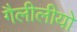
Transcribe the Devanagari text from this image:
गैलीलीयो